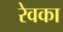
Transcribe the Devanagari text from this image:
रेवका